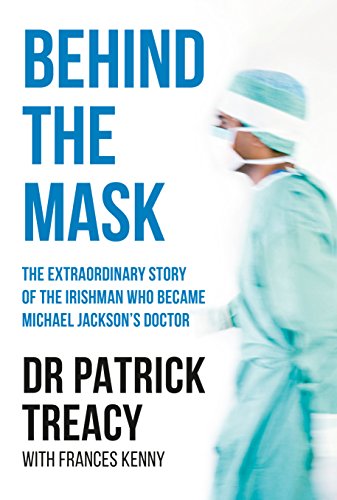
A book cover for Behind the Mask; Patrick Treacy; Biographies & Memoirs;